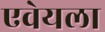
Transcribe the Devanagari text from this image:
एवेयला